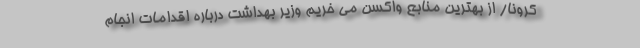
کرونا/ از بهترین منابع واکسن می خریم وزیر بهداشت درباره اقدامات انجام